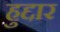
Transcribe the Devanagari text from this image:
हुद्दार